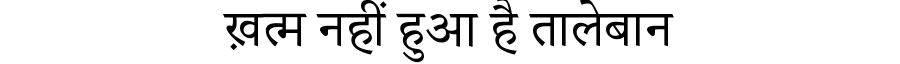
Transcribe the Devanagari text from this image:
ख़त्म नहीं हुआ है तालेबान